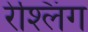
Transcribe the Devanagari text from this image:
रेश्लिंग